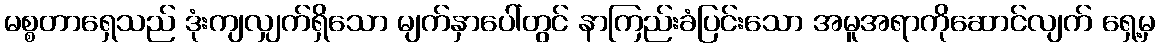
မစ္စတာရှေသည် ဒုံးကျလျှက်ရှိသော မျက်နှာပေါ်တွင် နာကြည်းခံပြင်းသော အမူအရာကိုဆောင်လျက် ရှေ့မှ